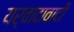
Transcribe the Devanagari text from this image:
यर्वादावादी